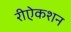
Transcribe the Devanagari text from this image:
रीऐकशन